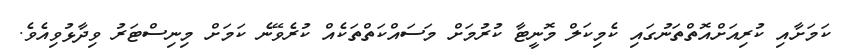
ކަމަށާއި ކުރިއަށްއޮތްތަނުގައި ކެމިކަލް މޮނީޓާ ކުރުމަށް މަސައްކަތްތަކެއް ކުރެވޭނެ ކަމަށް މިނިސްޓަރު ވިދާޅުވިއެވެ.